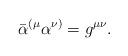
LaTeX: \begin{align*}\bar \alpha^{(\mu} \alpha^{\nu)}=g^{\mu\nu} .\end{align*}